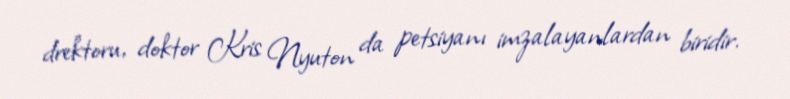
drektoru, doktor Kris Nyuton da petsiyanı imzalayanlardan biridir.